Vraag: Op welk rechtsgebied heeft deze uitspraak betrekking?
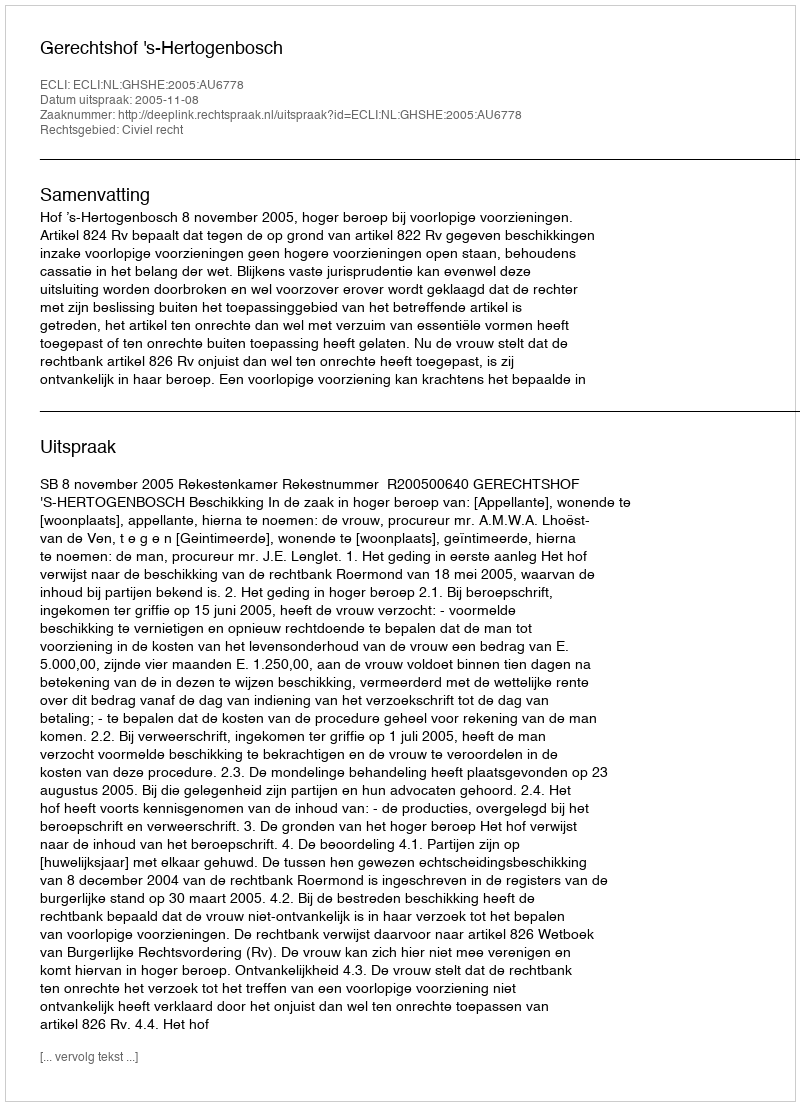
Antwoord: Civiel recht